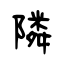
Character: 隣